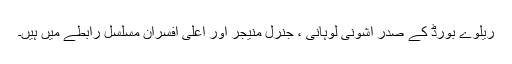
ریلوے بورڈ کے صدر اشونی لوہانی ، جنرل منیجر اور اعلی افسران مسلسل رابطے میں ہیں۔